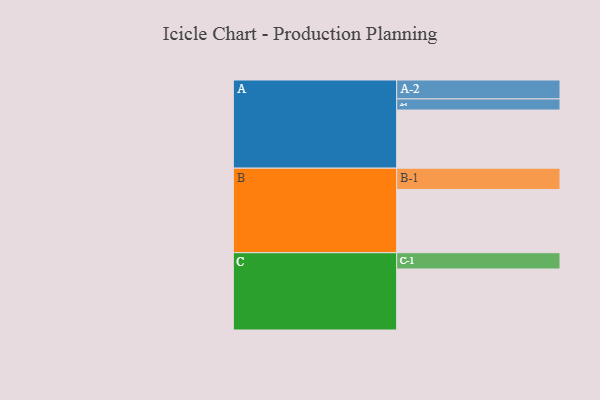
{"axis": {"x": "Segment", "y": "Value"}, "legend": ["", "A", "B", "C"], "data": [{"x": "A", "y": 464, "type": ""}, {"x": "B", "y": 505, "type": ""}, {"x": "C", "y": 487, "type": ""}, {"x": "A-1", "y": 89, "type": "A"}, {"x": "A-2", "y": 151, "type": "A"}, {"x": "B-1", "y": 170, "type": "B"}, {"x": "C-1", "y": 130, "type": "C"}]}